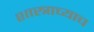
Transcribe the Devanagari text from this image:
शास्त्राच्याच